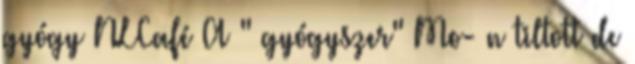
gyógy NLCafé A " gyógyszer" Mo- n tiltott de